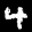
Label: 4